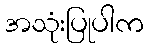
အသုံးပြုပါက